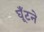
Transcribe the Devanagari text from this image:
घूँटने